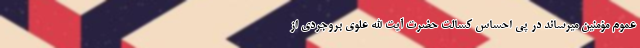
عموم مؤمنین میرساند در پی احساس کسالت حضرت آیت الله علوی بروجردی از